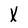
Character: X